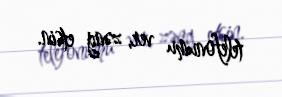
telefonumu ver, zəng etsin.